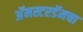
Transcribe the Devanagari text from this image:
अॅमस्टरडॅमचा